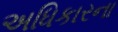
અધિકારના